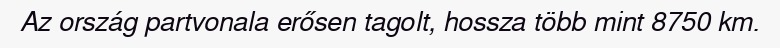
Az ország partvonala erősen tagolt, hossza több mint 8750 km.